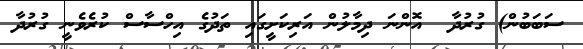
ސަބަބުން) ގުރުދާ  އޮންނަ ދިމާލުން އަރިކަށީގައި ތަދުގެ އިހްސާސް ކުރެވެނީ ގުރުދާ